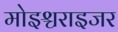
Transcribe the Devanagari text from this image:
मोइश्चराइजर